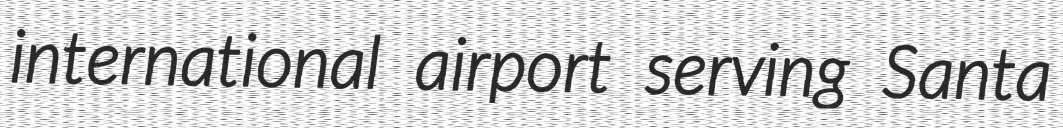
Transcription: international airport serving Santa